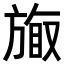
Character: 𪯽